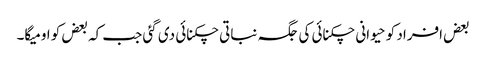
بعض افراد کو حیوانی چکنائی کی جگہ نباتی چکنائی دی گئی جب کہ بعض کو اومیگا۔